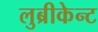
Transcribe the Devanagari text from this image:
लुब्रीकेन्ट